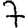
Digit: 7